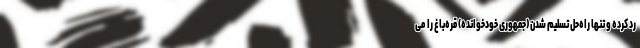
رد کرده و تنها راه‌حل تسلیم شدن (جمهوری خودخوانده) قره‌باغ را می‌